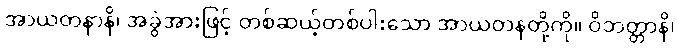
အာယတနာနိ၊ အခွဲအားဖြင့် တစ်ဆယ့်တစ်ပါးသော အာယတနတို့ကို။ ဝိဘတ္တာနိ၊